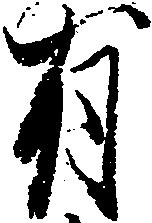
有